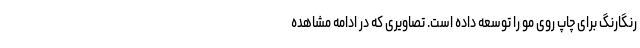
رنگارنگ برای چاپ روی مو را توسعه داده است. تصاویری که در ادامه مشاهده